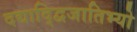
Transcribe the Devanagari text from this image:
दद्याद्द्विजातिभ्यो